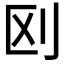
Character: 𠛅